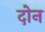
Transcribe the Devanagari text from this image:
दोेन